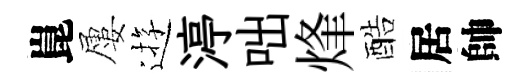
崑屢逰渟咄烽酷居帥